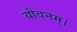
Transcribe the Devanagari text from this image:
यौवनम्।